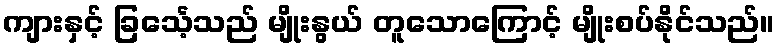
ကျားနှင့် ခြင်္သေ့သည် မျိုးနွယ် တူသောကြောင့် မျိုးစပ်နိုင်သည်။